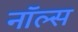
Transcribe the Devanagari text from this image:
नॉल्स